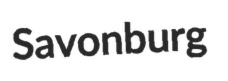
Savonburg